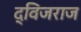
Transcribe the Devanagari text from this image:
द्विजराज